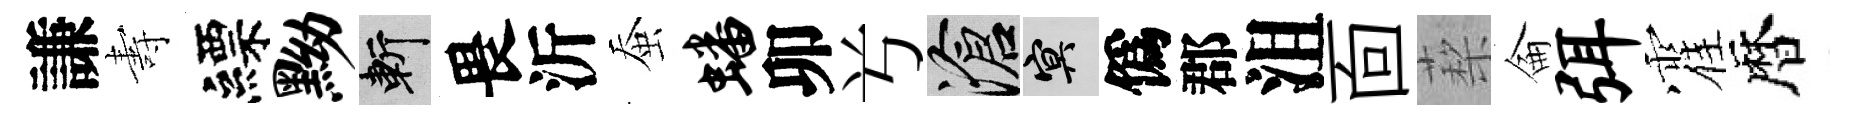
謙夀縹黝斬畏沂蚕蟠卯𠔃滄冥僞郡沮靣蔾侖弭霍暦